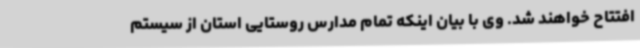
افتتاح خواهند شد. وی با بیان اینکه تمام مدارس روستایی استان از سیستم